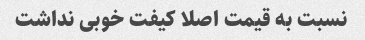
نسبت به قیمت اصلا کیفت خوبی نداشت